Annual administration report of the Civil Veterinary Department, Ajmere-Merwara, British Rajputana - 1914-1940
Year: 1914
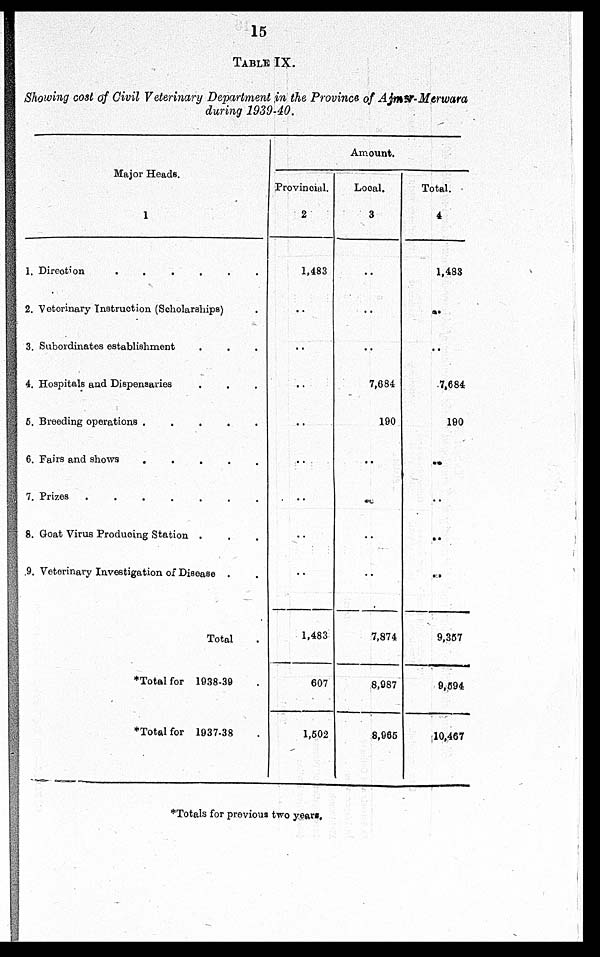
15
TABLE IX.
Showing cost of Civil Veterinary Department in the Province of Ajmer-Merwara
during 1939-40.
Major Heads.
1
1. Direction
......
2. Vetorinary Instruction (Scholarships) .
3. Subordinates establishment . . .
4. Hospitals and Dispensaries . . .
6. Breeding operations
.....
6. Fairs and shows
.....
7. Prizes
.......
8. Goat Virus Producing Station . . .
9. Veterinary Investigation of Disease . .
Total .
*Total for 1938-39 .
*Total for 1937-38
Amount.
Provincial.
2
1,483
..
..
..
..
..
..
..
..
1,483
607
1,502
Local.
3
..
..
..
7,684
190
..
..
..
..
7,874
8,987
8,965
Total.
4
1,483
..
..
7,684
190
..
..
..
..
9,357
9,594
10,467
*Totals for previous two years.